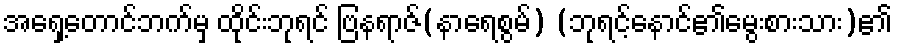
အရှေ့တောင်ဘက်မှ ထိုင်းဘုရင် ဗြနရာဇ်(နာရေစွမ်) (ဘုရင့်နောင်၏မွေးစားသား)၏